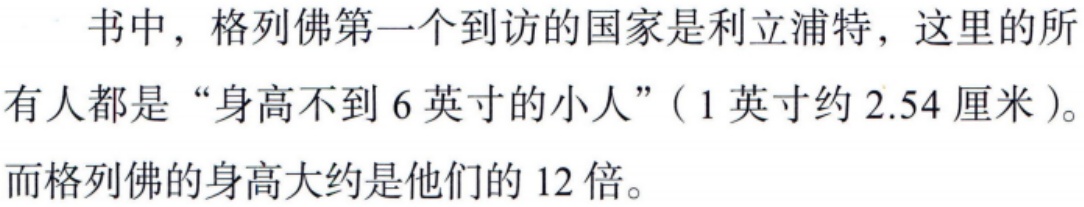
书中，格列佛第一个到访的国家是利立浦特，这里的所
有人都是“身高不到6英寸的小人”（1英寸约2.54厘米）。
而格列佛的身高大约是他们的12倍。